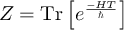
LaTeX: Z = \operatorname { T r } \left[ e ^ { \frac { - H T } { \hbar } } \right]